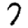
Digit: 7